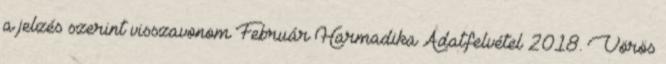
a jelzés szerint visszavonom Február Harmadika Adatfelvétel 2018. Vörös